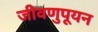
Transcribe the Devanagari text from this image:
जीवणुपूयन